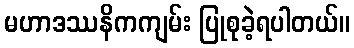
မဟာဒဿနိကကျမ်း ပြုစုခဲ့ရပါတယ်။